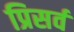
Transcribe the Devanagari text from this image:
प्रिसर्व